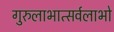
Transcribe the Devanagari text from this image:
गुरुलाभात्सर्वलाभो